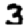
Digit: 3